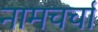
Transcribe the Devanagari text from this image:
नामचर्चा